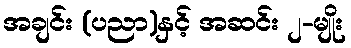
အချင်း (ပညာ)နှင့် အဆင်း ၂-မျိုး